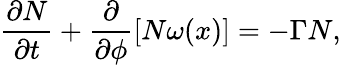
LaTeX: \frac{\partial N}{\partial t}+\frac{\partial}{\partial\phi}[N\omega(x)]=-\Gamma N,